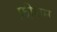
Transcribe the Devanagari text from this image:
फ़ीथम